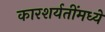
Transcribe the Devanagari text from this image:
कारशर्यतींमध्ये